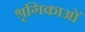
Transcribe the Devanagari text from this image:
श्रृगिकाओं